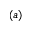
( a )